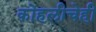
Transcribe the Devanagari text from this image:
कोहलीचेही